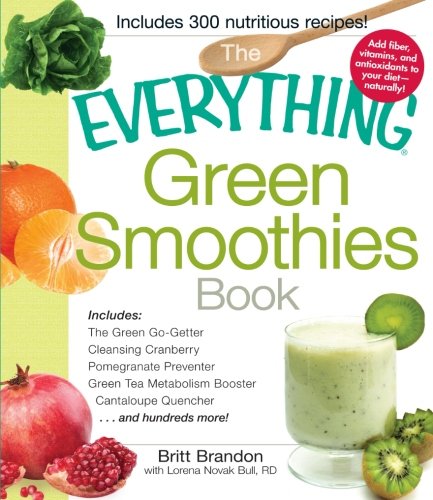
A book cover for The Everything Green Smoothies Book: Includes The Green Go-Getter, Cleansing Cranberry, Pomegranate Preventer, Green Tea Metabolism booster, Cantaloupe Quencher, and hundreds more!; Britt Brandon CFNS  CPT; Cookbooks, Food & Wine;